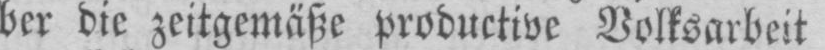
ber die zeitgemäße productive Volksarbeit